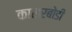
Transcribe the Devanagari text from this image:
कासरबोडी